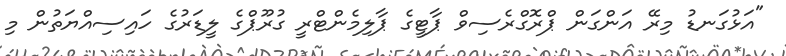
"އަޅުގަނޑު މިރޭ އަންގަން ޕްރޮގްރެސިވް ޕާޓީގެ ޕާލިމެންޓްރީ ގުރޫޕްގެ ލީޑަރުގެ ހައިސިއްޔަތުން މި